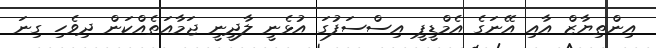
އިންތިޔާޒް އާއި އޭނަގެ އެމްޑީޕީ އިސްސަފުގަ އުޅެނީ ލާދީނީ ޖަމާއަތެއްކަން ދިވެހި ގިނަ